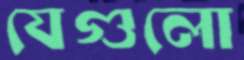
যেগুলো